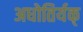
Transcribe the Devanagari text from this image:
अधोतिर्यक्‌